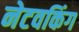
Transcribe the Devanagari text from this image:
नेटवकिंग